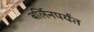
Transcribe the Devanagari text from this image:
बर्लिनपर्यंत